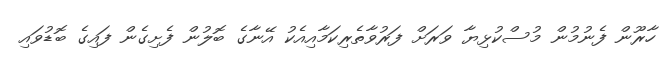
ހާރޫން ފެނުމުން މުސްކުޅިޔާ ވަރަށް ފަރުވާތެރިކަމާއިއެކު އޭނާގެ ބޮލުން ފެށިގެން ފައިގެ ބޮޑުވައި